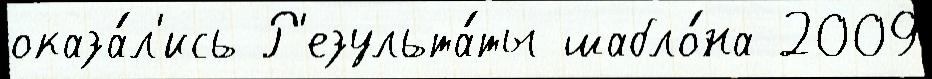
оказа́л'ись Р'езульта́ты шабло́на 2009